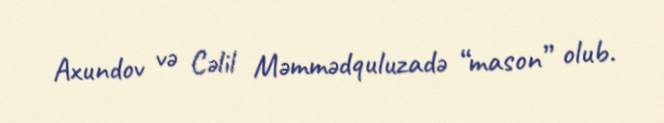
Axundov və Cəlil Məmmədquluzadə “mason” olub.